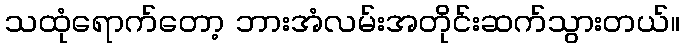
သထုံရောက်တော့ ဘားအံလမ်းအတိုင်းဆက်သွားတယ်။